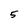
Character: 5